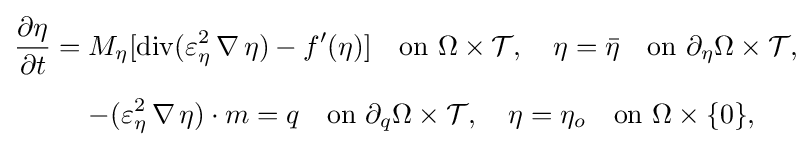
{\begin{aligned}{{\partial \eta } \over {\partial t}}={}&M_{\eta }[\operatorname {div} (\varepsilon _{\eta }^{2}\,\nabla \,\eta )-f'(\eta )]\quad {\text{on }}\Omega \times {\mathcal {T}},\quad \eta ={\bar {\eta }}\quad {\text{on }}\partial _{\eta }\Omega \times {\mathcal {T}},\\[5pt]&{-(\varepsilon _{\eta }^{2}\,\nabla \,\eta )}\cdot m=q\quad {\text{on }}\partial _{q}\Omega \times {\mathcal {T}},\quad \eta =\eta _{o}\quad {\text{on }}\Omega \times \{0\},\end{aligned}}